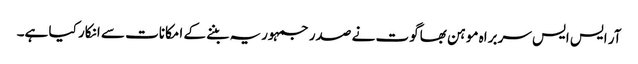
آر ایس ایس سربراہ موہن بھاگوت نے صدر جمہوریہ بننے کے امکانات سے انکار کیا ہے۔